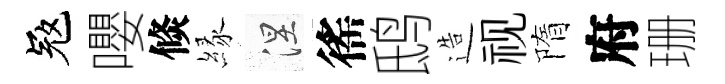
冦嚶倐縁涅徭鸱造视隋府珊